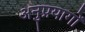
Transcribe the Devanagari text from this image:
अनुप्रयागों